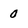
Character: 0